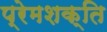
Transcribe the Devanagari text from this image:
प्रेमशक्ति